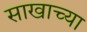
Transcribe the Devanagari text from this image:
साखाच्या